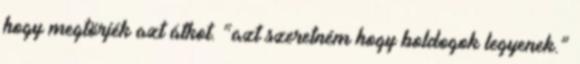
hogy megtörjék azt átkot. “azt szeretném hogy boldogok legyenek.”